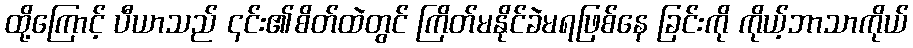
ထို့ကြောင့် ပီယာသည် ၎င်း၏စိတ်ထဲတွင် ကြိတ်မနိုင်ခဲမရဖြစ်နေ ခြင်းကို ကိုယ့်ဘာသာကိုယ်